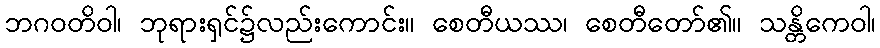
ဘဂဝတိဝါ၊ ဘုရားရှင်၌လည်းကောင်း။ စေတီယဿ၊ စေတီတော်၏။ သန္တိကေဝါ၊